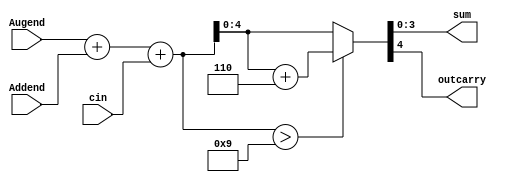
module BCDadderoneline(Augend,Addend,cin,sum,outcarry);
	input [3:0]Augend,Addend;
	input cin;
	output [3:0]sum;
	output outcarry;
	assign {outcarry,sum}=(Augend+Addend+cin>9)?(Augend+Addend+cin+6):(Augend+Addend+cin);
endmodule